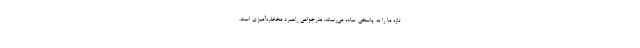
تازه ما را به پاسخی ساده می‌رساند: عذر‌خواهی راهبرد مخاطره‌آمیزی است.